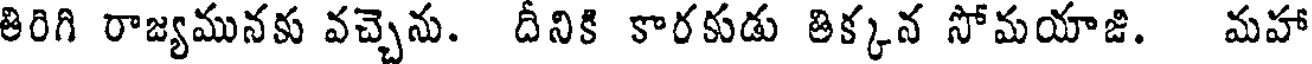
తిరిగి రాజ్యమునకు వచ్చెను. దీనికి కారకుడు తిక్కన సోమయాజి. మహా